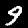
Digit: 9